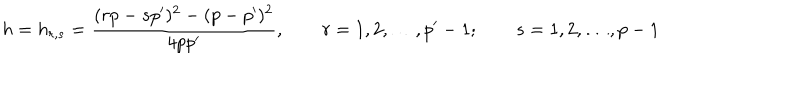
h = h _ { r , s } = { \frac { ( r p - s p ^ { \prime } ) ^ { 2 } - ( p - p ^ { \prime } ) ^ { 2 } } { 4 p p ^ { \prime } } } , \qquad r = 1 , 2 , \ldots , p ^ { \prime } - 1 ; \qquad s = 1 , 2 , \ldots , p - 1